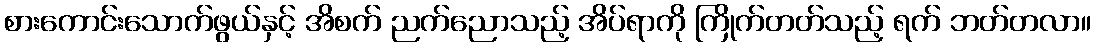
စားကောင်းသောက်ဖွယ်နှင့် အိစက် ညက်ညောသည့် အိပ်ရာကို ကြိုက်တတ်သည့် ရက် ဘတ်တလာ။